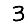
Digit: 3